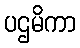
ပဌမိကာ